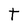
Character: t